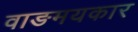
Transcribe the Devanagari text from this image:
वाङमयकार